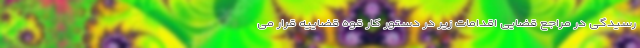
رسیدگی در مراجع قضایی اقدامات زیر در دستور کار قوه قضاییه قرار می